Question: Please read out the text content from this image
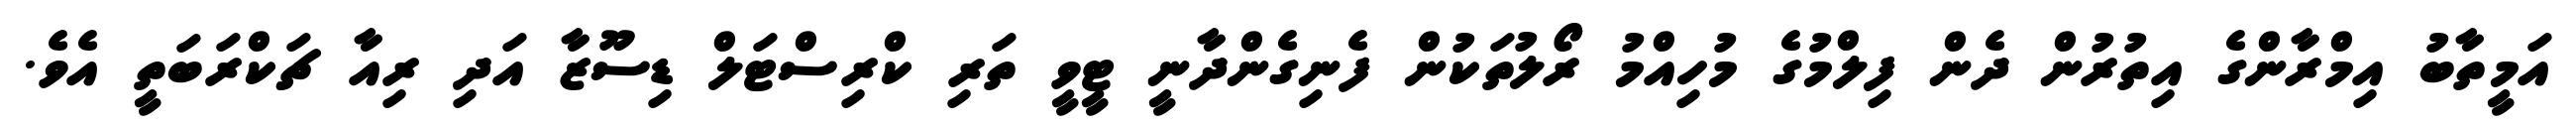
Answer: އަމީތާބު އިމްރާންގެ އިތުރުން ދެން ފިލްމުގެ މުހިއްމު ރޯލުތަކުން ފެނިގެންދާނީ ޓީވީ ތަރި ކްރިސްޓަލް ޑިސޫޒާ އަދި ރިއާ ޗަކްރަބަތީ އެވެ.